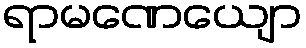
ရာမဏေယျော